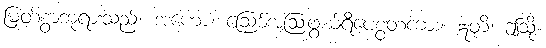
မြတ်စွာဘုရားသည်။ အဟော၊ ဩော်အံ့ဩဖွယ်ရီပေစွတကား။ ဣတိ၊ ဤသို့။